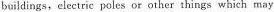
buildings,electric poles or other things which may